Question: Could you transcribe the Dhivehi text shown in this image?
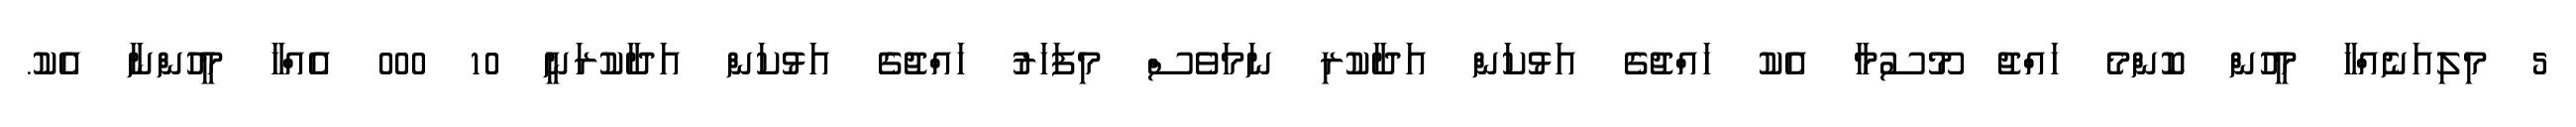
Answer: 5 މިލިއަނެއްހާ މީހުން ކޮންމެ ހައްޖު މޫސުމާ އެކު ހައްޖުގެ އަޅުކަން އަދާކުރި ނަމަވެސް މިފަހަރު ހައްޖުގެ އަޅުކަން އަދާކުރަނީ 10 000 އެއްހާ މީހުންނާ އެކު.